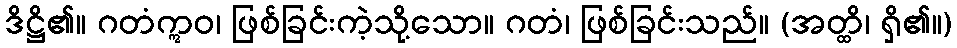
ဒိဋ္ဌိ၏။ ဂတံဣဝ၊ ဖြစ်ခြင်းကဲ့သို့သော။ ဂတံ၊ ဖြစ်ခြင်းသည်။ (အတ္ထိ၊ ရှိ၏။)